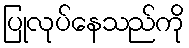
ပြုလုပ်နေသည်ကို